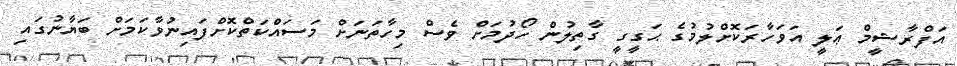
އަފްރާޝީމް ޢަލީ އަވަހާރަކޮށްލުމުގެ ޙަގީގީ ގާތިލުން ހޯދުމަށް ވެސް މިހާތަނަށް މަސައްކަތްކޮށްފައިނުވާކަމަށް ބަޔާނުގައި